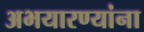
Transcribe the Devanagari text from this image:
अभयारण्यांना